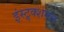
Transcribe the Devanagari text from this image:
इंस्ट्र्क्शनल